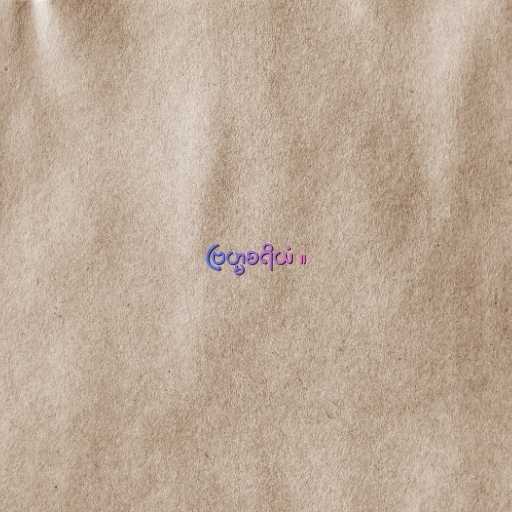
ဗြဟ္မစရိယံ ။